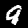
Label: 9